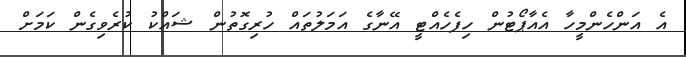
އެ އަންހެންމީހާ އެއާޕޯޓުން ހިފެހެއްޓީ އޭނާގެ އަމަލުތައް ހުރިގޮތުން ޝައްކު ކުރެވިގެން ކަމަށް